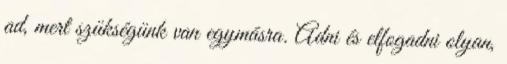
ad, mert szükségünk van egymásra. Adni és elfogadni olyan,